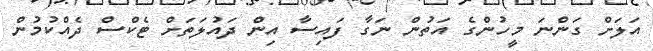
އަލަށް ގަންނަ މީހުންގެ އަތުން ނަގާ ފައިސާ އިން ދައުލަތަށް ޓެކްސް ދެއްކުމުން